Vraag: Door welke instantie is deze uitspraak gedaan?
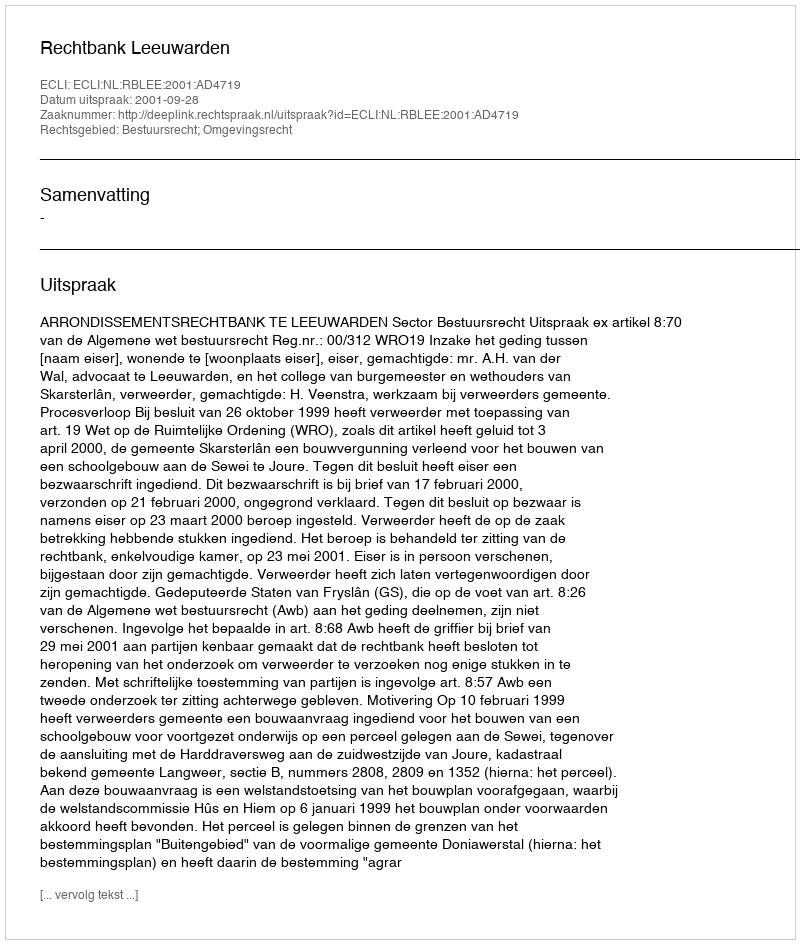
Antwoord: Rechtbank Leeuwarden